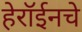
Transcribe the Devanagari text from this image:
हेरॉईनचे